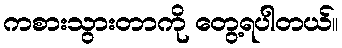
ကစားသွားတာကို တွေ့ရပါတယ်။